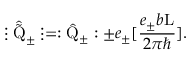
\vdots \hat { \tilde { \mathrm { Q } } } _ { \pm } \vdots = : \hat { \mathrm { Q } } _ { \pm } : \pm e _ { \pm } [ \frac { e _ { \pm } b \mathrm { L } } { 2 { \pi } { \hbar } } ] .